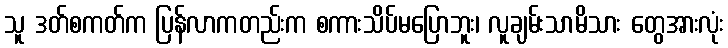
သူ ဒတ်စကတ်က ပြန်လာကတည်းက စကားသိပ်မပြောဘူး၊ လူချမ်းသာမိသား တွေအားလုံး